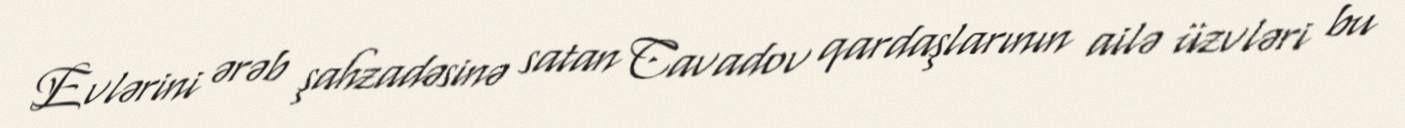
Evlərini ərəb şahzadəsinə satan Cavadov qardaşlarının ailə üzvləri bu